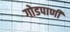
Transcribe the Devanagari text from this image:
गोडपाणी